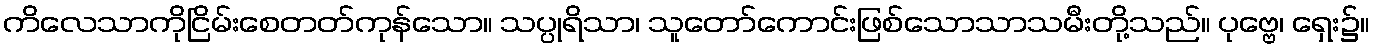
ကိလေသာကိုငြိမ်းစေတတ်ကုန်သော။ သပ္ပုရိသာ၊ သူတော်ကောင်းဖြစ်သောသာသမီးတို့သည်။ ပုဗ္ဗေ၊ ရှေး၌။